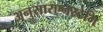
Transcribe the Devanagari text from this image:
अनुसारएनस्टेमि